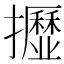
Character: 𢹠